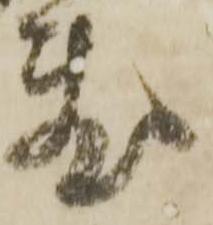
敷